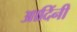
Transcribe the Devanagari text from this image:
आदिंनी